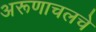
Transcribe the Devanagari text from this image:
अरूणाचलचे